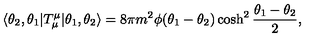
\langle \theta _ { 2 } , \theta _ { 1 } | T _ { \mu } ^ { \mu } | \theta _ { 1 } , \theta _ { 2 } \rangle = 8 \pi m ^ { 2 } \phi ( \theta _ { 1 } - \theta _ { 2 } ) \cosh ^ { 2 } \frac { \theta _ { 1 } - \theta _ { 2 } } { 2 } ,